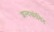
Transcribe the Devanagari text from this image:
शल्यकोविद